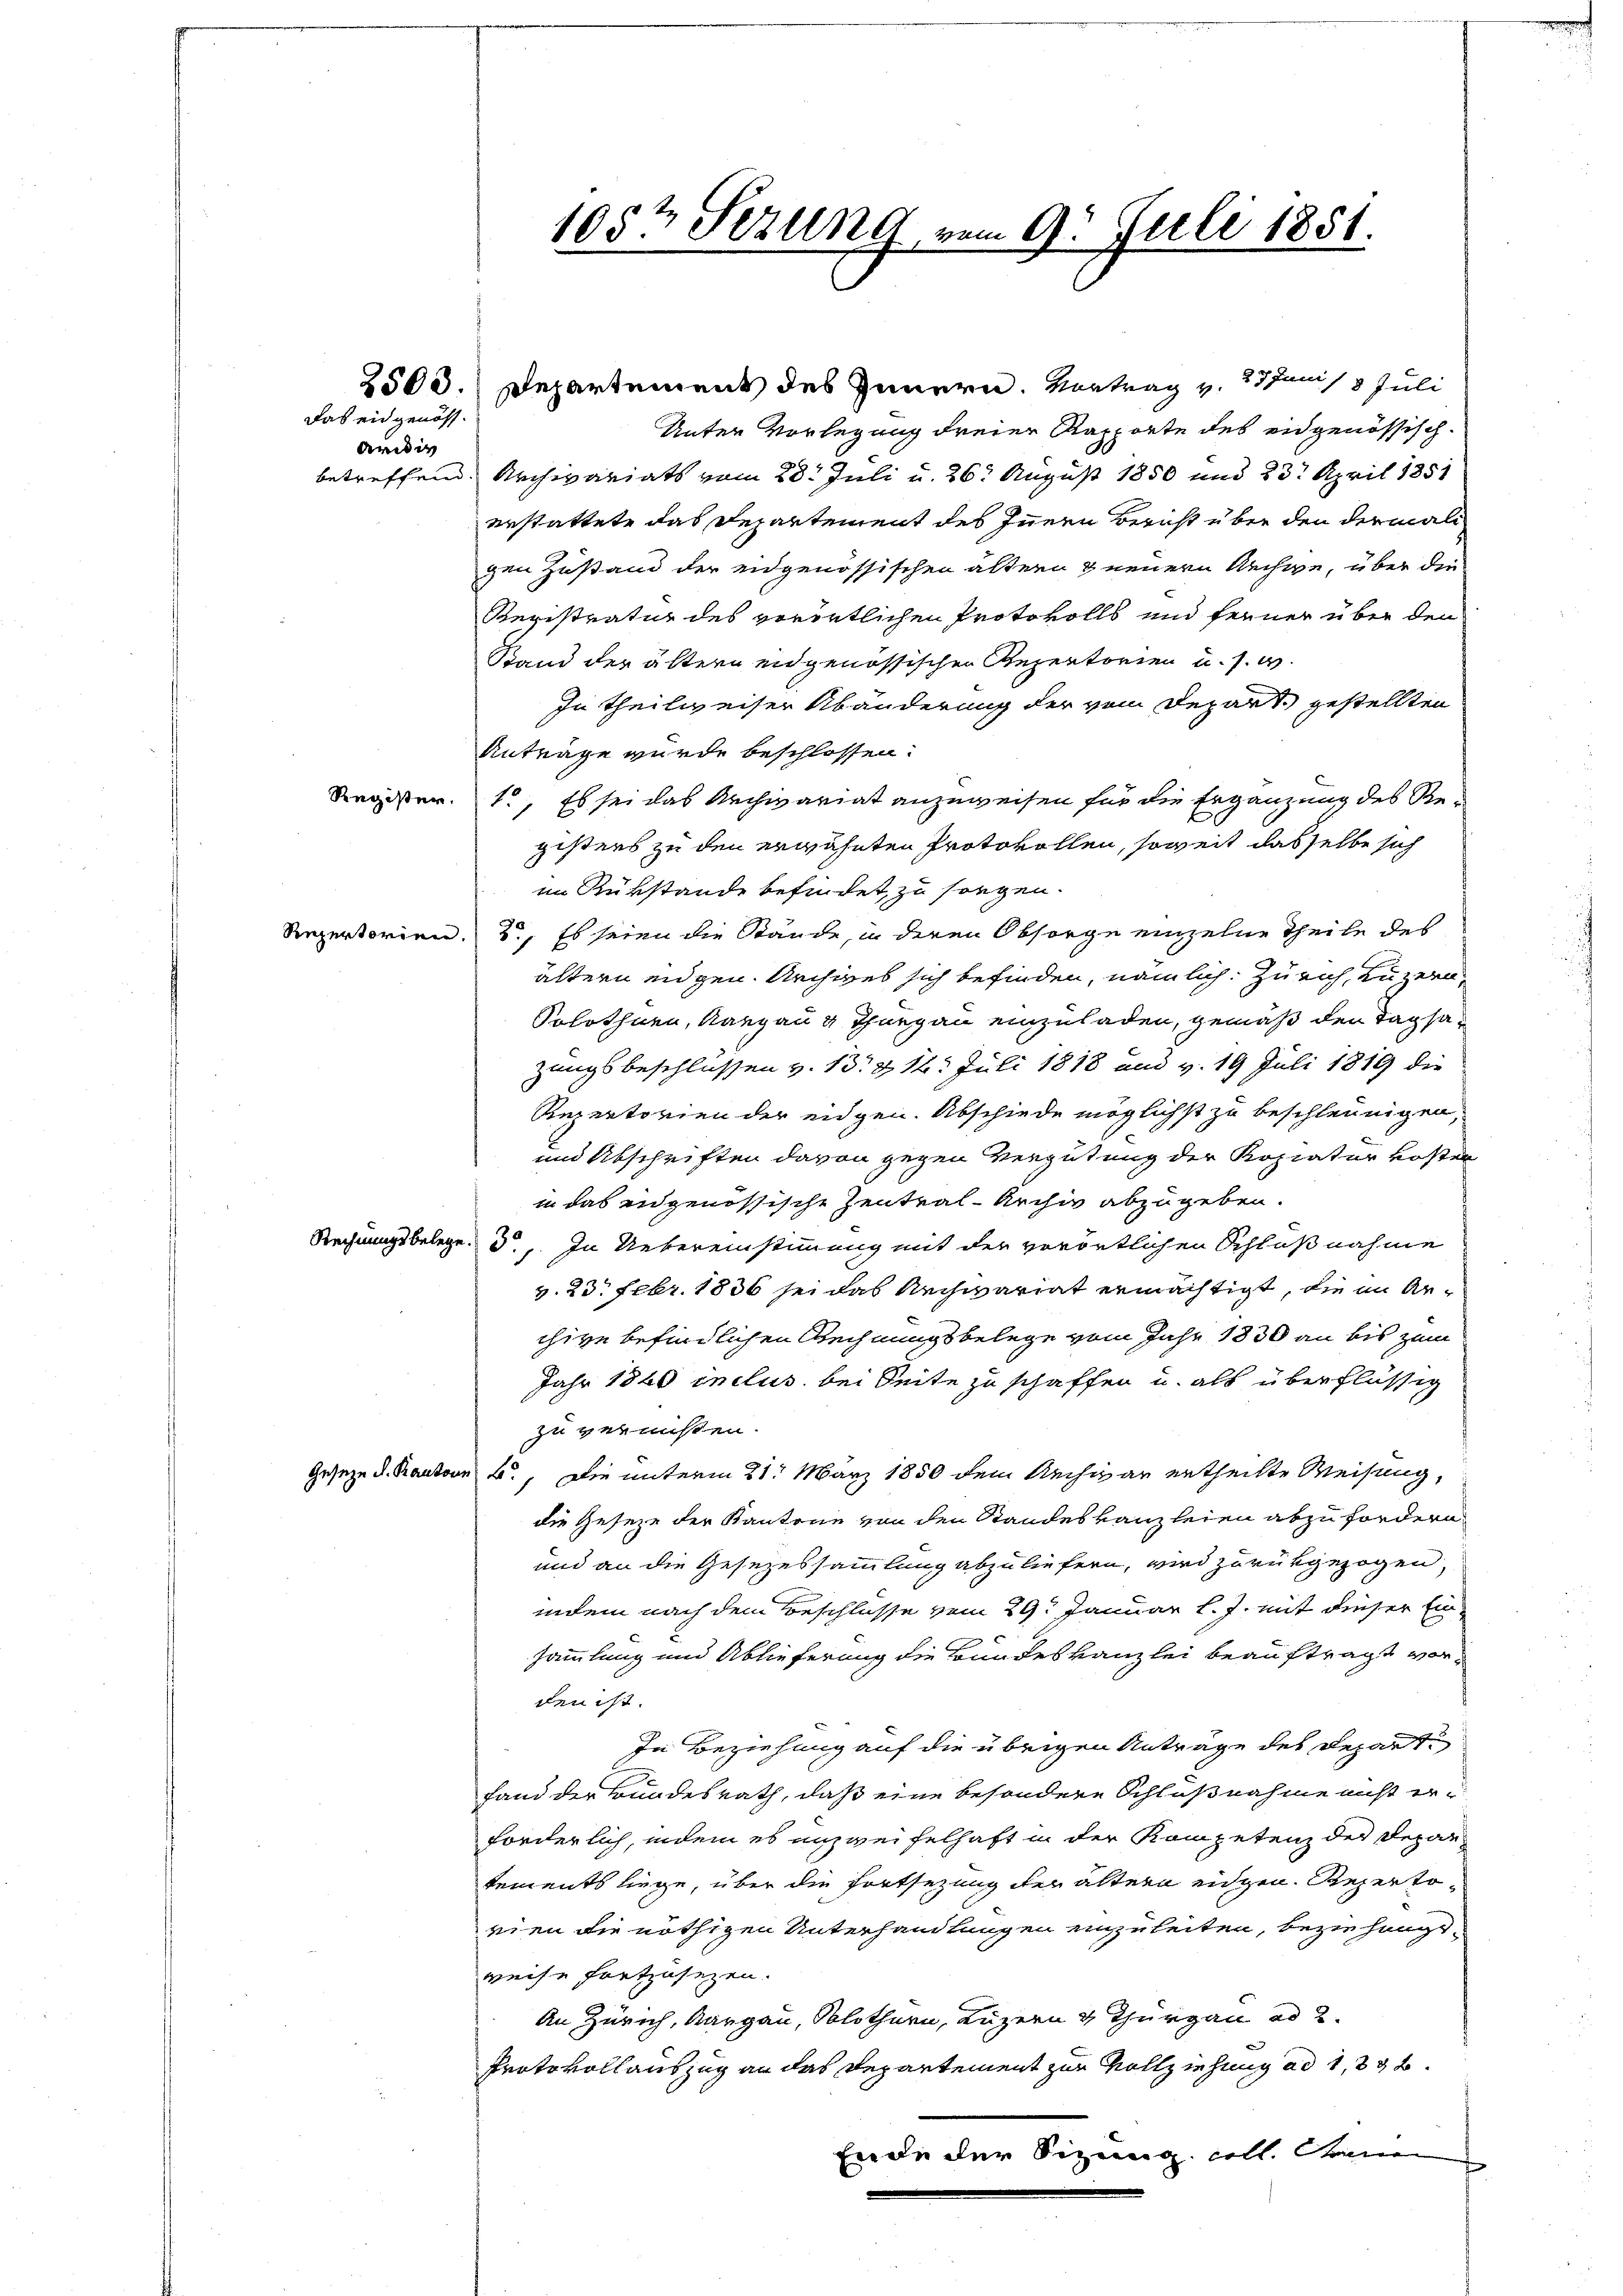
2503.

Das eidgenöss.
Ardig

Register.

Repertorien

Rechnungsbeleg

Geseze d. Kanton

105t Sezung vom 9. Juli 1851.

Departement des Innern. Vortrag v. 27 Juni 13 Juli
Unter Vorlegung dreier Rapporte des eidgenössischbetreffend. Archivariats vom 28. Juli u. 26. August 1850 und 23. April 1851
erstattete das Departement des Innern Bericht über den dermali
gen Zustand der eidgenössischen ältern & neuern Rechte, über die
Registratur des vorörtlichen Protokolls und ferner über den
Stand der ältern eidgenössischen Rezentorien u. s. w
In Theilweiser Abänderung der vom Depart gestellten
Anträge wurde beschlossen:
1., Es sei das Archivariat anzuweisen für die Ergänzung des Registers zu den erwähnten Protokollen, soweit dasselbe sich
im Rükstände befindet, zu sorgen.
2., Es seien die Stände, in deren Obsorge einzelne Theile des
ältern eidgen. Archives sich befinden, nämlich. Zürich, Luzern,
Solothurn, Aargau u Thurgau einzuladen, gemäß den Tagsazungsbeschlüssen v. 13. d. 12. Juli 1818 und v. 19 Juli 1819 die
Repertorien der eidgen. Abschiede möglichst zu beschleunigen,
und Abschriften davon gegen Vergütung der Kopiatur kosten
in das eidgenössische Zentral-Archiv abzugeben.
3., In Uebereinstimmung mit der vorörtlichen Schlußnahme
v. 23. Febr. 1836 sei das Archivariat ermächtigt, die in Anchive befindlichen Rechnungsbelege vom Jahr 1830 an bis zum
Jahr 1860 inclus bei Seite zu schaffen u. als überflüssig
zu vernißen.
4., Die unterm 21. März 1850 dem Archivar ertheilte Weisung,
die Geseze der Kantone von den Standeskanzleien abzufordern
und an die Gesezessammlung abzuliefern, wird zurückgezogen,
indem nach dem Beschlüsse vom 29t Januar l. J. mit dieser Ein-
sammlung und Ablieferung die Bundeskanzlei beauftragt worden ist.
In Beziehung auf die übrigen Anträge des Repart
fand der Bundesrath, daß eine besondere Schlußnahme nicht er-
forderlich, indem es unzweifelhaft in der Kompetenz der Depar-
tements liege, über die Fortsezung der ältern eidgen. Repertovien die nöthigen Unterhandlungen einzuleiten, beziehungsweise fortzusetzen.
An Zürich, Aargau, Solothurn, Luzern 4 Thurgau ad 2.
Protokollauszug an das Departement zur Vollziehung ad 1, 396.
Ende der Sizung soll. Gene